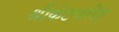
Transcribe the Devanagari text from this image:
श्रीकंठचरित्‌